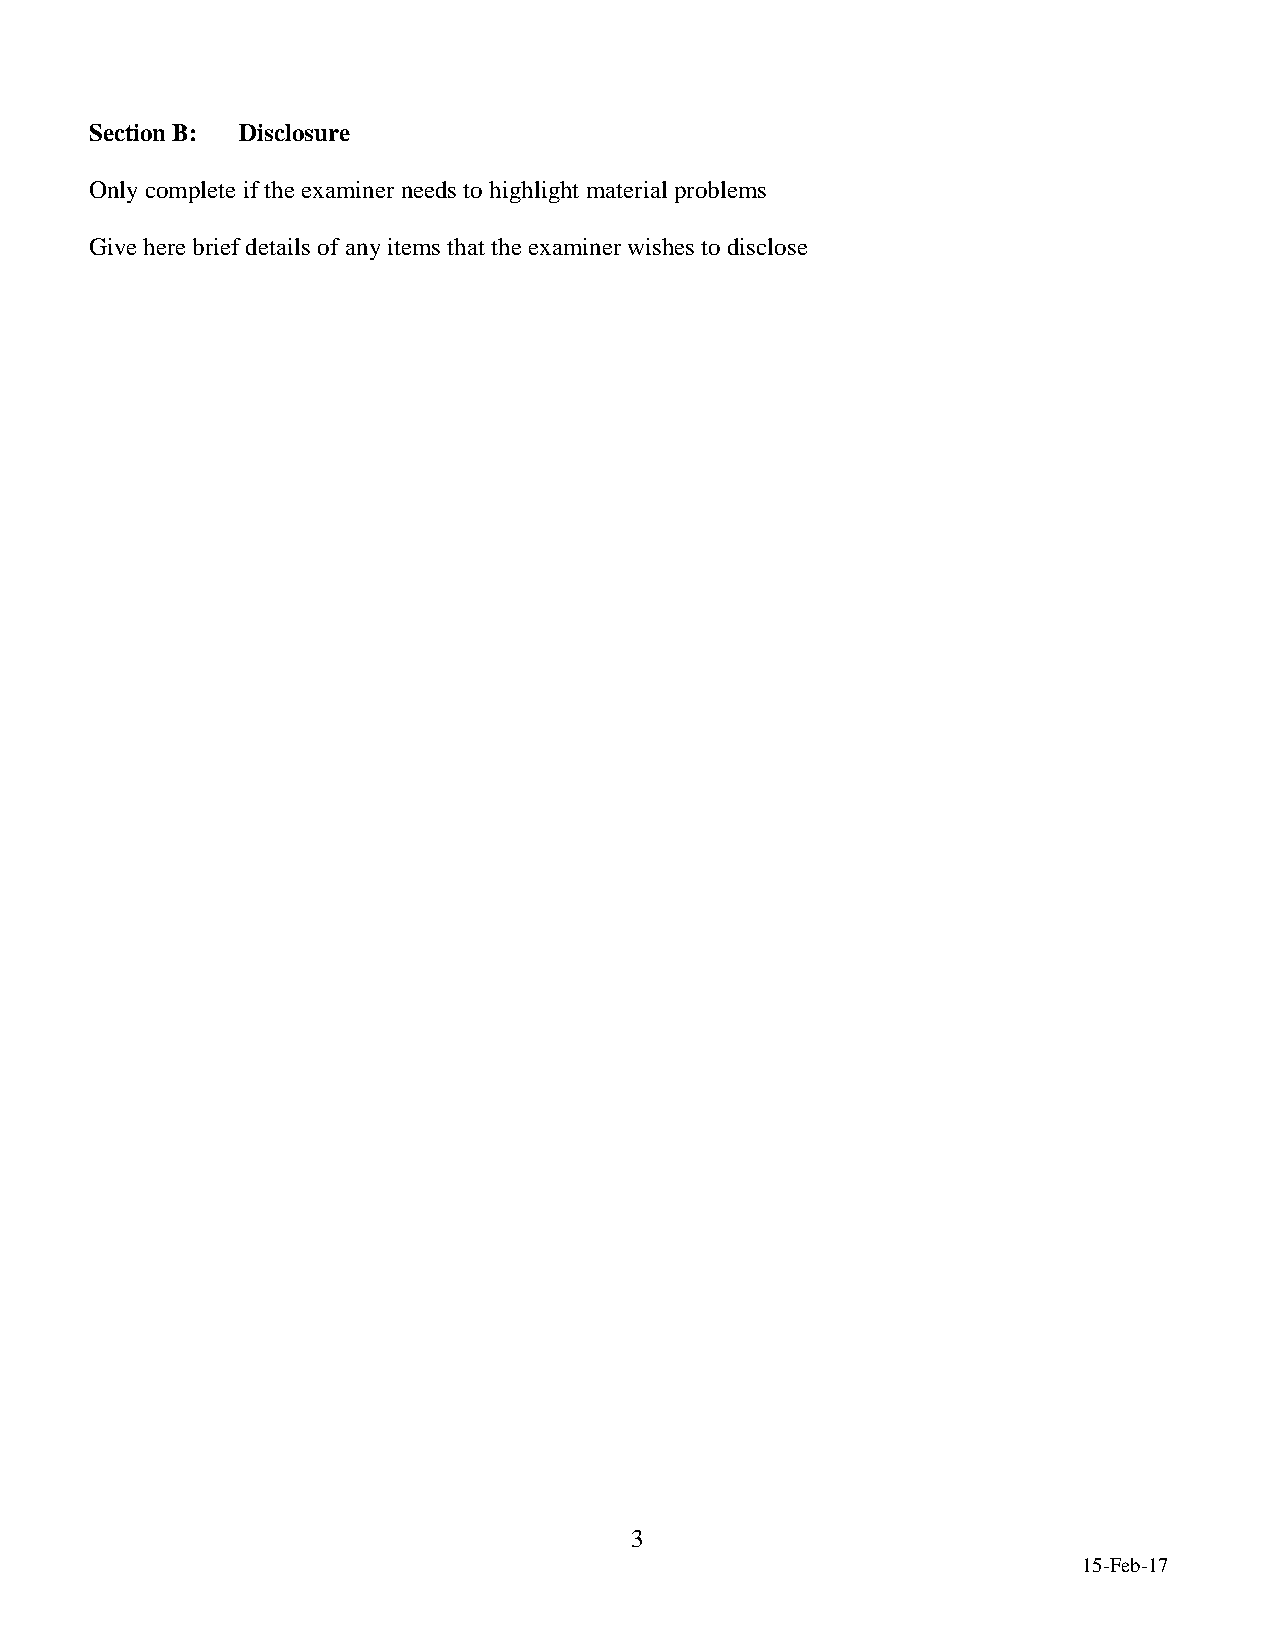
Section B: Disclosure
 Only complete if the examiner needs to highlight material problems
 Give here brief details of any items that the examiner wishes to disclose
 3
 15-Feb-17